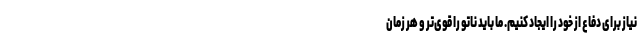
نیاز برای دفاع از خود را ایجاد کنیم. ما باید ناتو را قوی‌تر و هر زمان